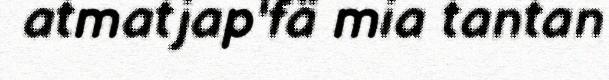
atmatjap'fä mia tantan